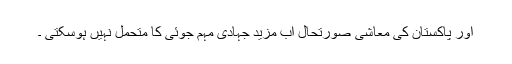
اور پاکستان کی معاشی صورتحال اب مزید جہادی مہم جوئی کا متحمل نہیں ہوسکتی ۔